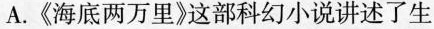
A.《海底两万里》这部科幻小说讲述了生